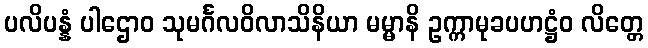
ပလိပန္နံ ပါဌောဝ သုမင်္ဂလဝိလာသိနိယာ မမ္မာနိ ဥက္ကာမုခပဟဋ္ဌံဝ လိတ္တေ